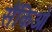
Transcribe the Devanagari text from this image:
सैंकिओ